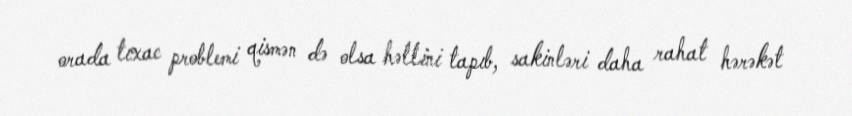
orada tıxac problemi qismən də olsa həllini tapıb, sakinləri daha rahat hərəkət